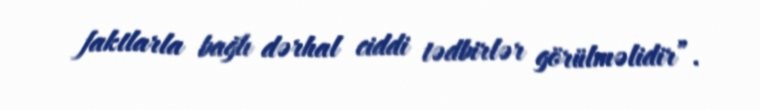
faktlarla bağlı dərhal ciddi tədbirlər görülməlidir”.